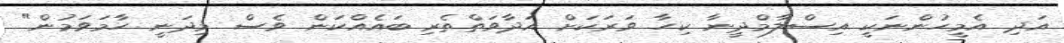
އަދި އެމީހުންނަކީ އިސްލާމްދީނާ ކިހާ ވަރަކަށް އަދާވަތްތެރި ބައެއްކަން ވެސް މިދަނީ ހާމަވަމުން"